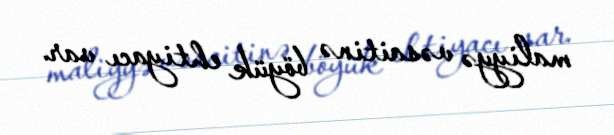
maliyyə vəsaitinə böyük ehtiyacı var.